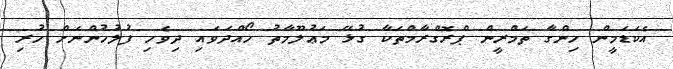
އެކަޑަމީން ހިންގާ ތަމްރީން ޕްރޮގްރާމްތަކާ ގުޅޭ މަޢުލޫމާތު ހޯއްދަވައި ދިވެހި ފުލުހުންނަށް ހުރި